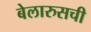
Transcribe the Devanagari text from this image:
बेलारुसची